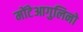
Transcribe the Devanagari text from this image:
मोंटेआगुलिनो